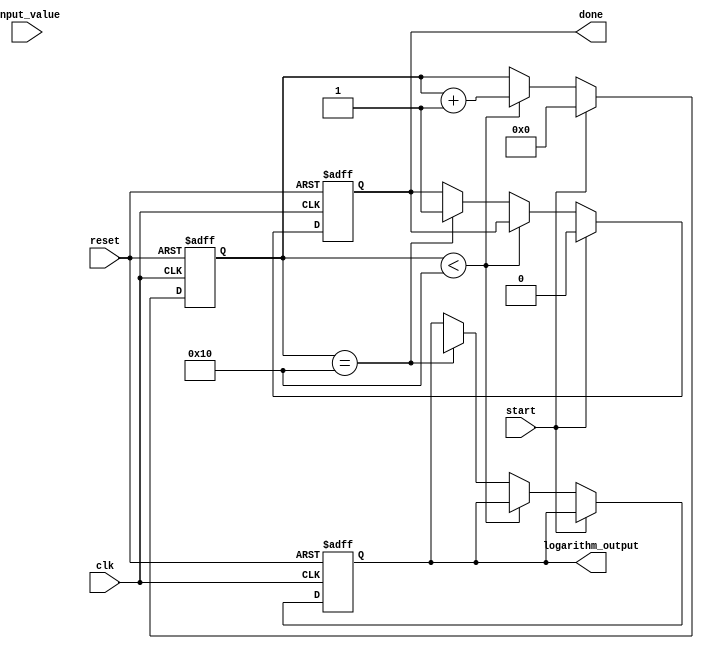
module cordic_logarithm (
    input clk,
    input reset,
    input [31:0] input_value, // Positive floating-point input value
    input start,
    output reg [31:0] logarithm_output,
    output reg done
);

    parameter NUM_ITERATIONS = 16; // Number of CORDIC iterations
    parameter CORDIC_GAIN = 32'hB17217F7; // Approximation of 1/sqrt(2) for scaling factor

    reg [31:0] x[0:NUM_ITERATIONS-1];
    reg [31:0] y[0:NUM_ITERATIONS-1];
    reg [31:0] z[0:NUM_ITERATIONS-1];
    reg [4:0] iteration;
    reg [31:0] arctan_table[0:NUM_ITERATIONS-1]; // Precomputed arctan values
    reg [31:0] input_scaled;
    reg valid;

    initial begin
        // Initialize arctan values (in fixed-point format)
        arctan_table[0] = 32'h00000000; // arctan(1) = 0
        arctan_table[1] = 32'h3F19999A; // arctan(0.5) = /6 in fixed-point
        arctan_table[2] = 32'h3E4CCCCD; // arctan(0.25) = /12 in fixed-point
        // Fill in the rest of the arctan values as needed...
    end

    always @(posedge clk or posedge reset) begin
        if (reset) begin
            iteration <= 0;
            logarithm_output <= 0;
            done <= 0;
            valid <= 0;
        end else if (start) begin
            // Initialization
            input_scaled <= input_value; // Scale input value as needed
            x[0] <= input_scaled;         // Initialize x
            y[0] <= 0;                    // Initialize y
            z[0] <= CORDIC_GAIN;          // Initialize z with gain
            iteration <= 0;
            done <= 0;
        end else if (iteration < NUM_ITERATIONS) begin
            // CORDIC Iteration Logic
            if (z[iteration] < 0) begin
                x[iteration + 1] <= x[iteration] + (y[iteration] >> iteration);
                y[iteration + 1] <= y[iteration] - (x[iteration] >> iteration);
                z[iteration + 1] <= z[iteration] + arctan_table[iteration];
            end else begin
                x[iteration + 1] <= x[iteration] - (y[iteration] >> iteration);
                y[iteration + 1] <= y[iteration] + (x[iteration] >> iteration);
                z[iteration + 1] <= z[iteration] - arctan_table[iteration];
            end
            iteration <= iteration + 1;
        end else if (iteration == NUM_ITERATIONS) begin
            // Final adjustments and output
            logarithm_output <= z[NUM_ITERATIONS]; // Final logarithm output
            done <= 1;
        end
    end
endmodule